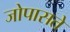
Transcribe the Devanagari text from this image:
जोपासते